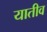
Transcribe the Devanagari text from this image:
यातीव